Civil Veterinary Department. United Provinces 1932-42 - 1932-1942
Year: 1932
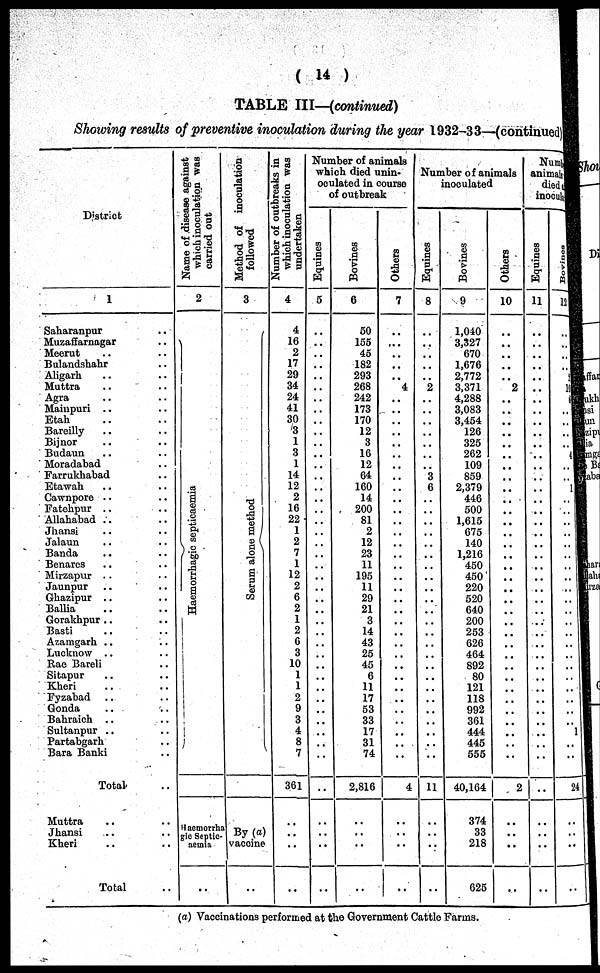
(14)
TABLE III—(continued)
Showing results of preventive inoculation during the year 1932-33—(continued)
District
1
Saharanpur ..
Muzaffarnagar .. ..
Meerut .. ..
Bulandshahr .. ..
Aligarh .. ..
Muttra .. ..
Agra .. ..
Mainpuri .. ..
Etah .. ..
Bareilly .. ..
Bijnor .. ..
Budaun .. ..
Moradabad .. ..
Farrukhabad .. ..
Etawah .. ..
Cawnpore .. ..
Fatehpur .. ..
Allahabad .. ..
Jhansi .. ..
Jalaun .. ..
Banda .. ..
Benares .. ..
Mirzapur .. ..
Jaunpur .. ..
Ghazipur .. ..
Ballia .. ..
Gorakhpur .. ..
Basti .. ..
Azamgarh .. ..
Lucknow .. ..
Rae Bareli .. ..
Sitapur .. ..
Kheri .. ..
Fyzabad .. ..
Gonda .. ..
Bahraich .. ..
Sultanpur .. ..
Partabgarh .. ..
Bara Banki .. ..
Total ..
Muttra
.. ..
Jhansi .. ..
Kheri .. ..
Total ..
Name of disease against
which inoculation was
carried out
2
Ha e mor r
ha gic septicaemia
Haemorrhs
gic Septic-
aemia
..
Method of inoculation
followed
3
Se r
um alone method
By (a)
vaccine
..
Number of outbreaks in
which inoculation was
undertaken
4
4
16
2
17
29
34
24
4.1
30
3
1
3
1
14
12
2
16
22
1
2
7
1
12
2
6 2
1
2
6
3
10
1
1
2
9
3
4
8
7
361
..
..
..
....
Number of animals
which died unin-
oculated in course
of outbreak
Equines
5
..
..
..
..
..
..
..
..
..
..
..
..
..
..
..
..
..
..
..
..
..
..
..
..
..
..
..
..
..
..
..
..
..
..
..
..
..
..
..
..
..
..
..
..
Bovines
6
50
155
45
182
293
268
242
173
170
12
3
16
12
64
160
14
200
81
2
12
23
11
195
11
29
21
3
14
43
25
45
6
11
17
53
33
17
31
74
2,816
..
..
..
..
Others
7
..
..
..
..
..
4
..
..
..
..
..
..
..
..
..
..
..
..
..
..
..
..
..
..
..
..
..
..
..
..
..
..
..
..
..
..
..
..
..
4
..
..
..
..
Number of animals
inoculated
Equines
8
..
..
..
..
..
2
..
..
..
..
..
..
..
3
6
..
..
..
..
..
..
..
..
..
..
..
..
..
..
..
..
..
..
..
..
..
..
..
11
..
..
..
..
Bovines
9
1,040
3,327
670
1,676
2,772
3,371
4,288
3,083
3,454
126
325
262
109
859
2,379
446
500
1,615
675
140
1,216
450
450
220
520
640
200
253
626
464
892
80
121
118
992
361
444
445
555
40,164
374
33
218
625
Others
10
..
..
..
..
..
2
..
..
..
..
..
..
..
..
..
..
..
..
..
..
..
..
..
..
..
..
..
..
..
..
..
..
..
..
..
..
..
..
..
2
..
..
..
..
Number of
animals which
dieds after
inoculation.
Equines
11
..
..
..
..
..
..
..
..
..
..
..
..
..
..
..
..
..
..
..
..
..
..
..
..
..
..
..
..
..
..
..
..
..
..
..
..
..
..
..
..
..
..
..
Bovines
12
..
..
..
..
..
1
..
..
..
..
..
..
..
..
1
..
..
..
..
..
..
..
..
..
..
..
..
..
..
..
..
..
..
..
..
..
1
..
..
24
..
..
..
..
(a) Vaccinations performed at the Government Cattle Farms.